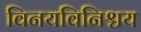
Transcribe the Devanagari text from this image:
विनयविनिश्चय